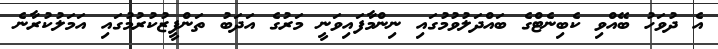
އެ ދުވަހު ބޭއްވި ކެބިނެޓްގެ ބައްދަލުވުމުގައި ނިންމާފައިވަނީ މަރުގެ އަދަބު ތަންފީޒުކުރުމުގައި އަމަލުކުރާނެ